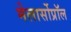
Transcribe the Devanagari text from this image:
मेलार्सोप्रॉल